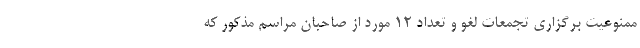
ممنوعیت برگزاری تجمعات لغو و تعداد ۱۲ مورد از صاحبان مراسم مذکور که